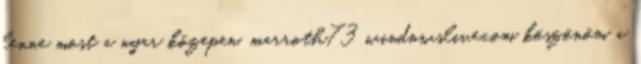
lenne most a nyar közepen. marroth73 windowslive.com köszönöm a